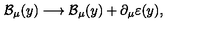
\mathcal { B } _ { \mu } ( y ) \longrightarrow \mathcal { B } _ { \mu } ( y ) + \partial _ { \mu } \varepsilon ( y ) ,